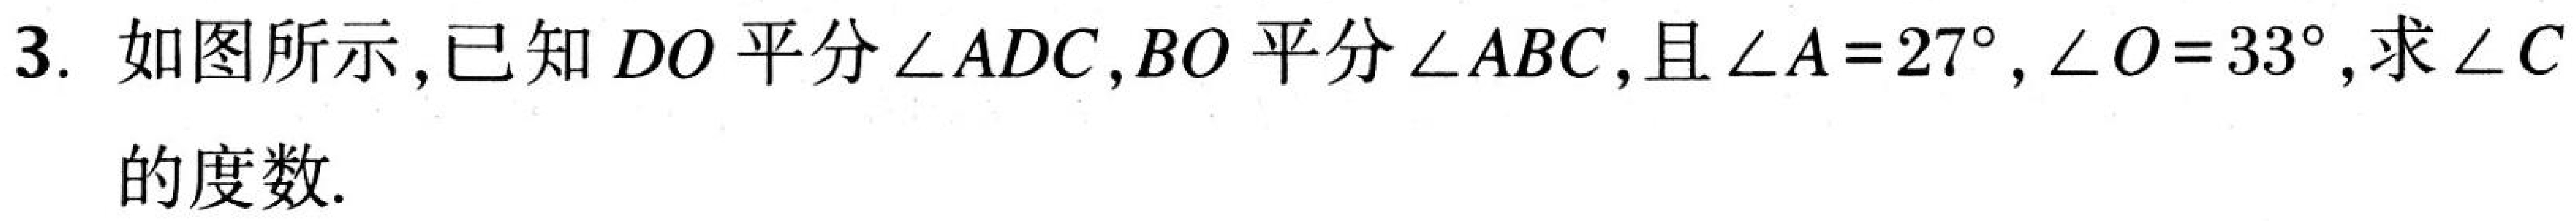
3. 如图所示，已知\(DO\)平分\(\angle ADC\)，\(BO\)平分\(\angle ABC\)，且\(\angle A = 27^{\circ}\)，\(\angle O = 33^{\circ}\)，求\(\angle C\)的度数.